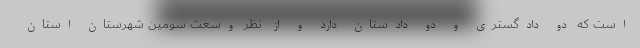
است که دو دادگستری و دو دادستان دارد و از نظر وسعت سومین شهرستان استان